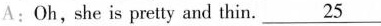
A:Oh,she is pretty and thin.\underline{25}